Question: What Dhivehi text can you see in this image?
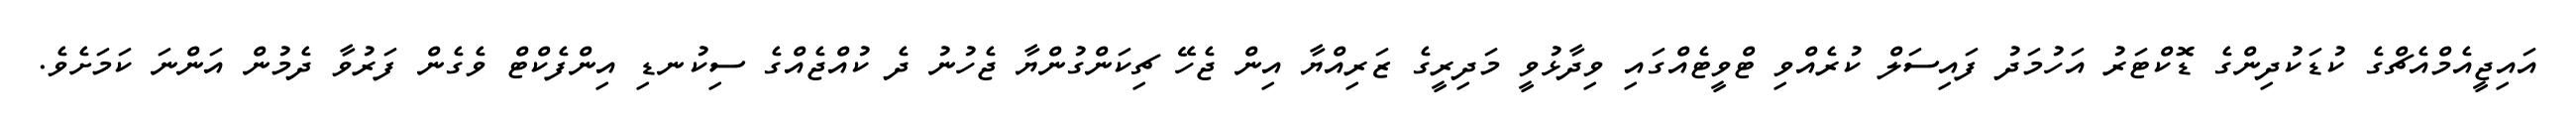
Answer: އައިޖީއެމްއެޗްގެ ކުޑަކުދިންގެ ޑޮކްޓަރު އަހުމަދު ފައިސަލް ކުރެއްވި ޓްވީޓެއްގައި ވިދާޅުވީ މަދިރީގެ ޒަރިއްޔާ އިން ޖެހޭ ޗިކަންގުންޔާ ޖެހުނު ދެ ކުއްޖެއްގެ ސިކުނޑި އިންފެކްޓް ވެގެން ފަރުވާ ދެމުން އަންނަ ކަމަށެވެ.